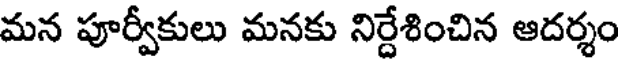
మన పూర్వీకులు మనకు నిర్దేశించిన ఆదర్శం